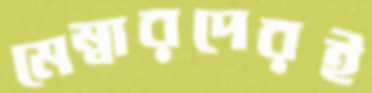
মেম্বারদেরই